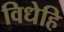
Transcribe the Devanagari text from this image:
विधेहि